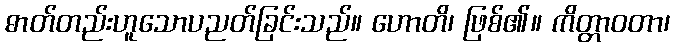
ဓာတ်တည်းဟူသောပညတ်ခြင်းသည်။ ဟောတိ၊ ဖြစ်၏။ ကိတ္တာဝတာ၊